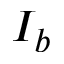
I _ { b }